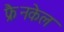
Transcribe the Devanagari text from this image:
फ्रैनकेल